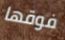
فوقها